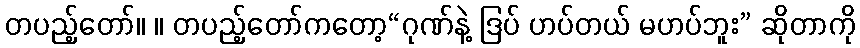
တပည့်တော်။ ။ တပည့်တော်ကတော့“ဂုဏ်နဲ့ ဒြပ် ဟပ်တယ် မဟပ်ဘူး” ဆိုတာကို